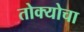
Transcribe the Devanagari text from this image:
तोक्योचा